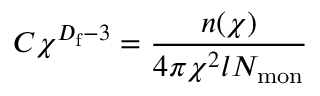
C \chi ^ { D _ { \mathrm { f } } - 3 } = \frac { n ( \chi ) } { 4 \pi \chi ^ { 2 } l N _ { \mathrm { m o n } } }